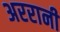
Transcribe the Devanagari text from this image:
अररानी